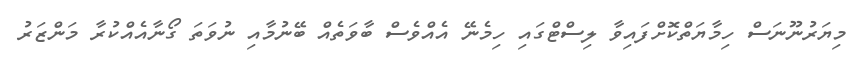
މިޔަރުނޫނަސް ހިމާޔަތްކޮށްފައިވާ ލިސްޓްގައި ހިމެނޭ އެއްވެސް ބާވަތެއް ބޭނުމާއި ނުވަތަ ގޯނާއެއްކުރާ މަންޒަރު